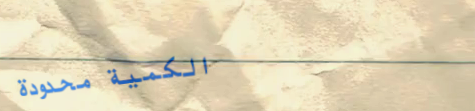
الكمية محدودة